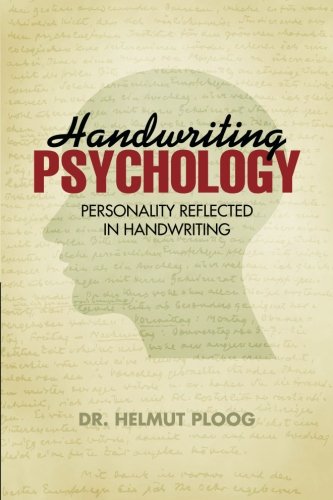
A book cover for Handwriting Psychology: Personality Reflected in Handwriting; Dr. Helmut Ploog; Self-Help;